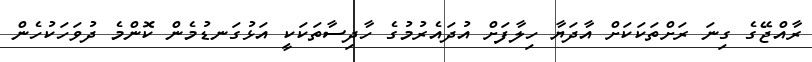
ރާއްޖޭގެ ގިނަ ރަށްތަކަކަށް އާދަޔާ ހިލާފަށް އުދައެރުމުގެ ހާދިސާތަކަކީ އަޅުގަނޑުމެން ކޮންމެ ދުވަހަކުހެން